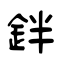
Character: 鉡